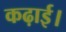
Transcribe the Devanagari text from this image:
कढ़ाई।